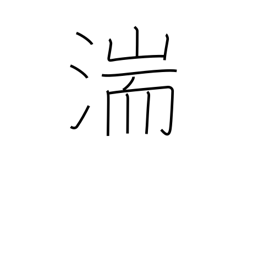
Meaning: rapids